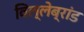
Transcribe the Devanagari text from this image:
विल्लेब्रांड